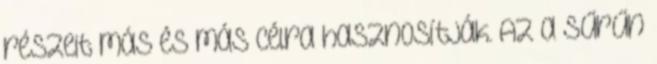
részeit más és más célra hasznosítják. Az a sűrűn